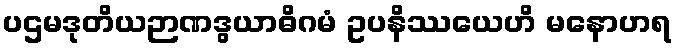
ပဌမဒုတိယဉာဏဒွယာဓိဂမံ ဥပနိဿယေဟိ မနောဟရ